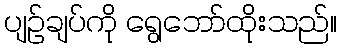
ပျဉ်ချပ်ကို ရွေဘော်ထိုးသည်။